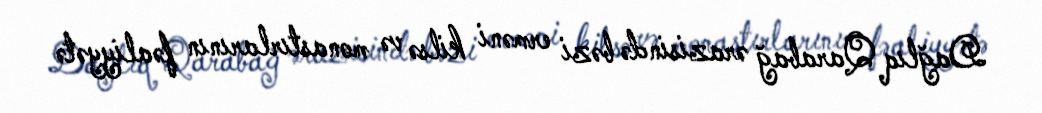
Dağlıq Qarabağ ərazisində bəzi erməni kilsə və monastırlarının fəaliyyətə